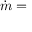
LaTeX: { \dot { m } } =